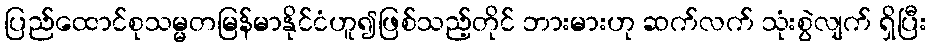
ပြည်ထောင်စုသမ္မတမြန်မာနိုင်ငံဟူ၍ဖြစ်သည့်တိုင် ဘားမားဟု ဆက်လက် သုံးစွဲလျက် ရှိပြီး